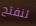
لنفتح